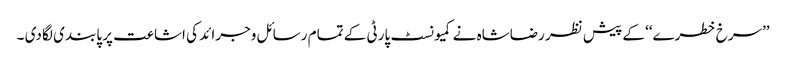
’’سرخ خطرے‘‘ کے پیش نظر رضاشاہ نے کمیونسٹ پارٹی کے تمام رسائل وجرائد کی اشاعت پر پابندی لگا دی ۔